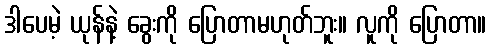
ဒါပေမဲ့ ယုန်နဲ့ ခွေးကို ပြောတာမဟုတ်ဘူး။ လူကို ပြောတာ။